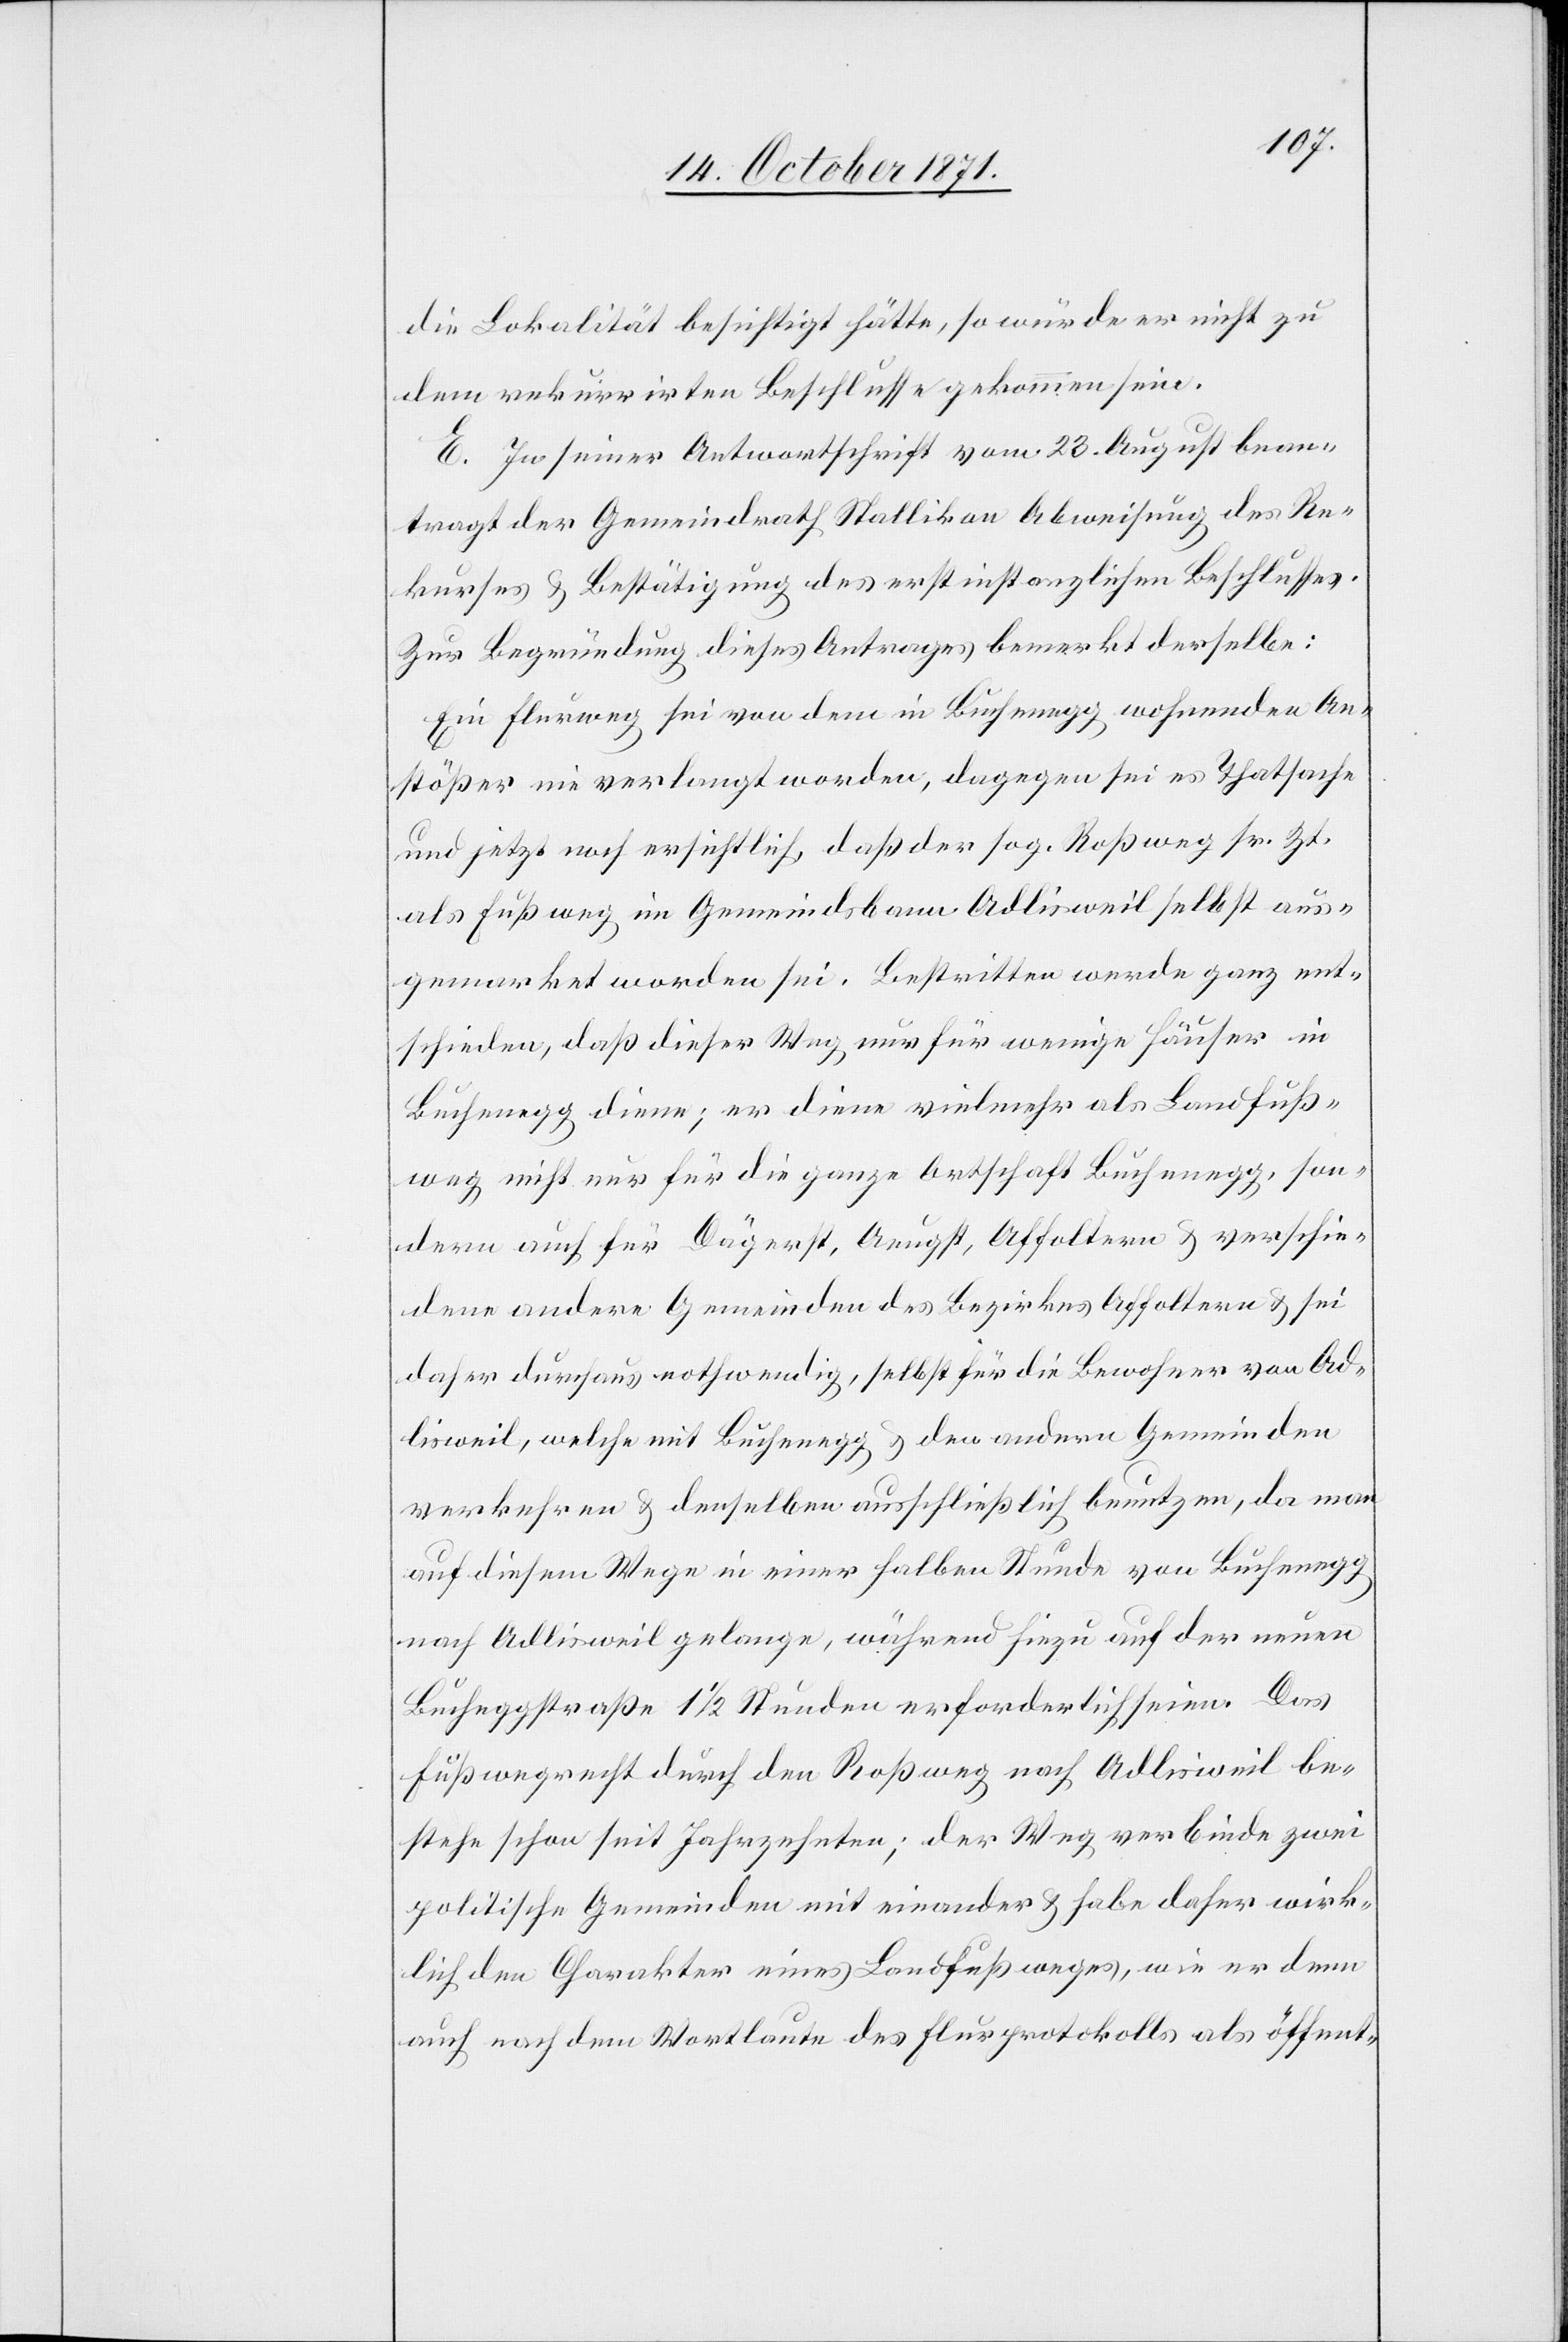
die Lokalität besichtigt hätte, so würde er nicht zu
dem rekurrirten Beschlusse gekommen sein.
E. In seiner Antwortschrift vom 23. August bean¬
tragt der Gemeindrath Stallikon Abweisung des Re¬
kurses & Bestätigung des erstinstanzlichen Beschlusses.
Zur Begründung dieses Antrages bemerkt derselbe:
Ein Flurweg sei von dem in Buchenegg wohnenden An¬
stößer nie verlangt worden, dagegen sei es Thatsache
und jetzt noch ersichtlich, daß der sog. Roßweg sr. Zt.
als Fußweg im Gemeindsbann Adlisweil selbst aus¬
gemarket worden sei. Bestritten werde ganz ent¬
schieden, daß dieser Weg nur für wenige Häuser in
Buchenegg diene; er diene vielmehr als Landfuß¬
weg nicht nur für die ganze Ortschaft Buchenegg, son¬
dern auch für Dägerst, Aeugst, Affoltern & verschie¬
dene andere Gemeinden des Bezirkes Affoltern & sei
daher durchaus nothwendig, selbst für die Bewohner von Ad¬
lisweil, welche mit Buchenegg & den andern Gemeinden
verkehren & denselben ausschließlich benutzen, da man
auf diesem Wege in einer halben Stunde von Buchenegg
nach Adlisweil gelange, während hiezu auf der neuen
Bucheneggstraße 1 1/2 Stunden erforderlich seien. Das
Fußwegrecht durch den Roßweg nach Adlisweil be¬
stehe schon seit Jahrzehnten; der Weg verbinde zwei
politische Gemeinden mit einander & habe daher wirk¬
lich den Charakter eines Landfußweges, wie er denn
auch nach dem Wortlaute des Flurprotokolls als öffent-